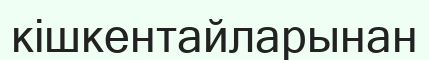
кішкентайларынан